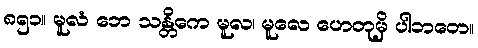
၈၅၁။ မူလံ ဘေ သန္တိကေ မူလ၊ မူလေ ဟေတုမှိ ပါဘတေ။